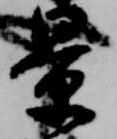
景